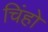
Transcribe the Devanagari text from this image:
चिंहो